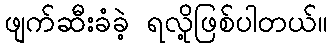
ဖျက်ဆီးခံခဲ့ ရလို့ဖြစ်ပါတယ်။